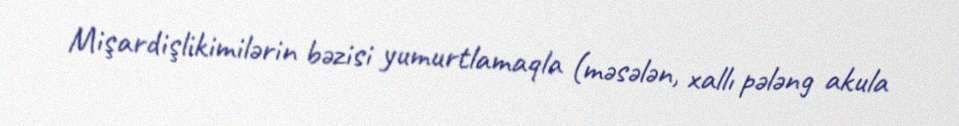
Mişardişlikimilərin bəzisi yumurtlamaqla (məsələn, xallı pələng akula